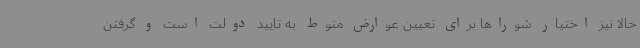
حالا نیز اختیار شوراها برای تعیین عوارض منوط به تایید دولت است و گرفتن